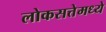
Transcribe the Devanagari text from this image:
लोकसत्तेमध्ये